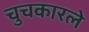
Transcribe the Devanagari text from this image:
चुचकारले